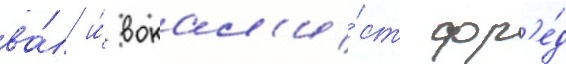
ва́л и́ вокал'и́ст фр'е́д